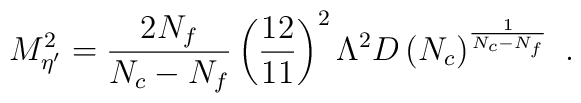
M^2_{\eta^{\prime}} =\frac{2N_f}{N_c - N_f}\left(\frac{12}{11}\right)^2 \Lambda^2 D\left(N_c\right)^\frac{1}{N_c - N_f} \ .